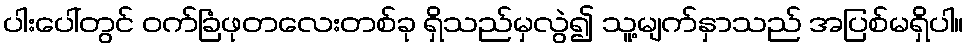
ပါးပေါ်တွင် ဝက်ခြံဖုတလေးတစ်ခု ရှိသည်မှလွဲ၍ သူ့မျက်နှာသည် အပြစ်မရှိပါ။